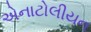
એનાટોલીયન